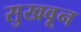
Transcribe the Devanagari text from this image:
सुखवून